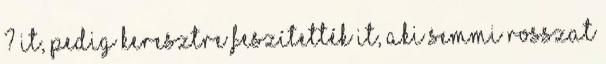
? İt, pedig keresztre feszítették İt, aki semmi rosszat